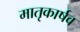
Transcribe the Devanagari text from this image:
मातृकार्षव